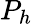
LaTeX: P_{h}